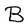
Character: B